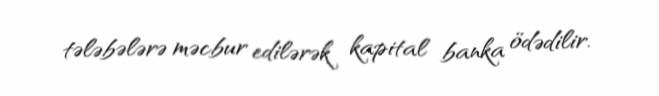
tələbələrə məcbur edilərək kapital banka ödədilir.